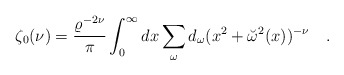
\begin{align*}\zeta_0(\nu)={\varrho^{-2\nu} \over \pi }\int_0^\infty dx \sum_{\omega}d_\omega(x^2+\breve{\omega}^2(x))^{-\nu}~~~.\end{align*}